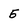
Character: 5